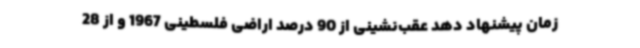
زمان پیشنهاد دهد عقب‌نشینی از 90 درصد اراضی فلسطینی 1967 و از 28